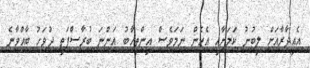
އެއިދާރާއަށް ލިބުނު ކަމަށާއި އެހެން ނަމަވެސް އިންތިހާބު އަންނަ ބުރާސްފަތި ދުވަހު ބާއްވާނެ